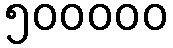
၅၀၀၀၀၀